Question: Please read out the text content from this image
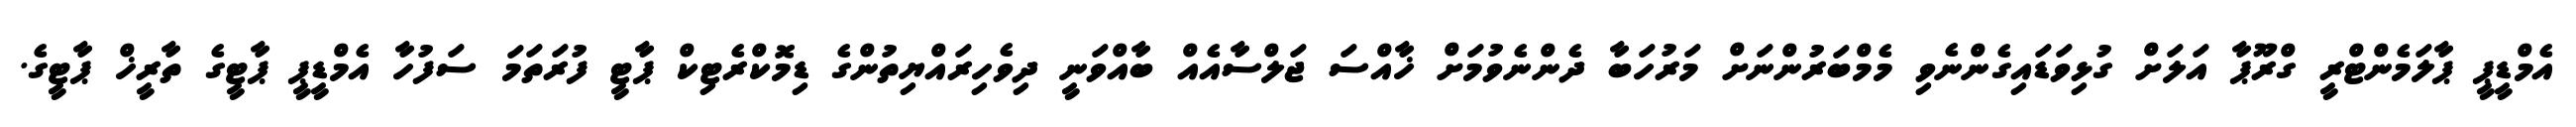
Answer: އެމްޑީޕީ ޕާލަމެންޓްރީ ގްރޫޕާ އަލަށް ގުޅިވަޑައިގެންނެވި މެމްބަރުންނަށް މަރުހަބާ ދެންނެވުމަށް ޚާއްސަ ޖަލްސާއެއް ބާއްވަނީ ދިވެހިރައްޔިތުންގެ ޑިމޮކްރެޓިކް ޕާޓީ ފުރަތަމަ ސަފުހާ އެމްޑީޕީ ޕާޓީގެ ތާރީޚް ޕާޓީގެ.